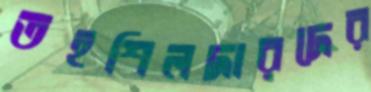
তহশিলদারদের